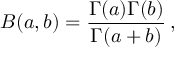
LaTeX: B ( a , b ) = { \frac { \Gamma ( a ) \Gamma ( b ) } { \Gamma ( a + b ) } } \, ,